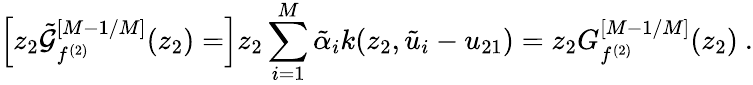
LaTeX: \left[z_{2}{\tilde{\cal G}}_{f^{(2)}}^{[M-1/M]}(z_{2})=\right]z_{2}\sum_{i=1}^{M}{\tilde{\alpha}}_{i}k(z_{2},{\tilde{u}}_{i}-u_{21})=z_{2}G_{f^{(2)}}^{[M-1/M]}(z_{2})\ .